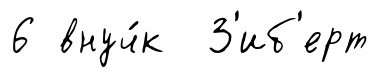
6 внуч́к З'иб'ерт